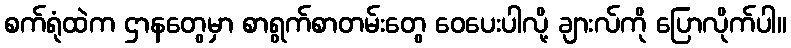
စက်ရုံထဲက ဌာနတွေမှာ စာရွက်စာတမ်းတွေ ဝေပေးပါလို့ ချားလ်ကို ပြောလိုက်ပါ။